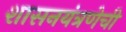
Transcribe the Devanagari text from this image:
शासनयंत्रणेची